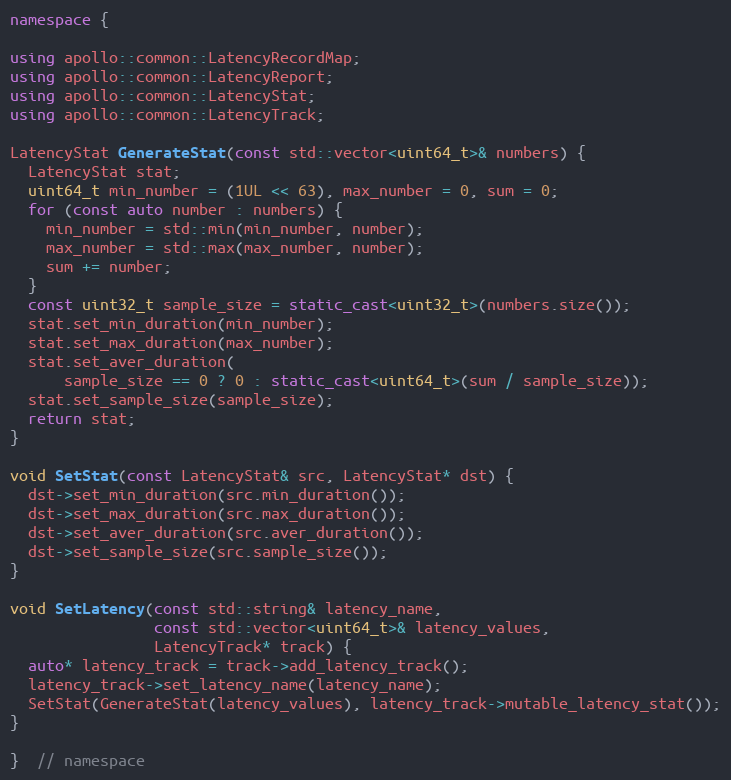
Language: C++
namespace {

using apollo::common::LatencyRecordMap;
using apollo::common::LatencyReport;
using apollo::common::LatencyStat;
using apollo::common::LatencyTrack;

LatencyStat GenerateStat(const std::vector<uint64_t>& numbers) {
  LatencyStat stat;
  uint64_t min_number = (1UL << 63), max_number = 0, sum = 0;
  for (const auto number : numbers) {
    min_number = std::min(min_number, number);
    max_number = std::max(max_number, number);
    sum += number;
  }
  const uint32_t sample_size = static_cast<uint32_t>(numbers.size());
  stat.set_min_duration(min_number);
  stat.set_max_duration(max_number);
  stat.set_aver_duration(
      sample_size == 0 ? 0 : static_cast<uint64_t>(sum / sample_size));
  stat.set_sample_size(sample_size);
  return stat;
}

void SetStat(const LatencyStat& src, LatencyStat* dst) {
  dst->set_min_duration(src.min_duration());
  dst->set_max_duration(src.max_duration());
  dst->set_aver_duration(src.aver_duration());
  dst->set_sample_size(src.sample_size());
}

void SetLatency(const std::string& latency_name,
                const std::vector<uint64_t>& latency_values,
                LatencyTrack* track) {
  auto* latency_track = track->add_latency_track();
  latency_track->set_latency_name(latency_name);
  SetStat(GenerateStat(latency_values), latency_track->mutable_latency_stat());
}

}  // namespace